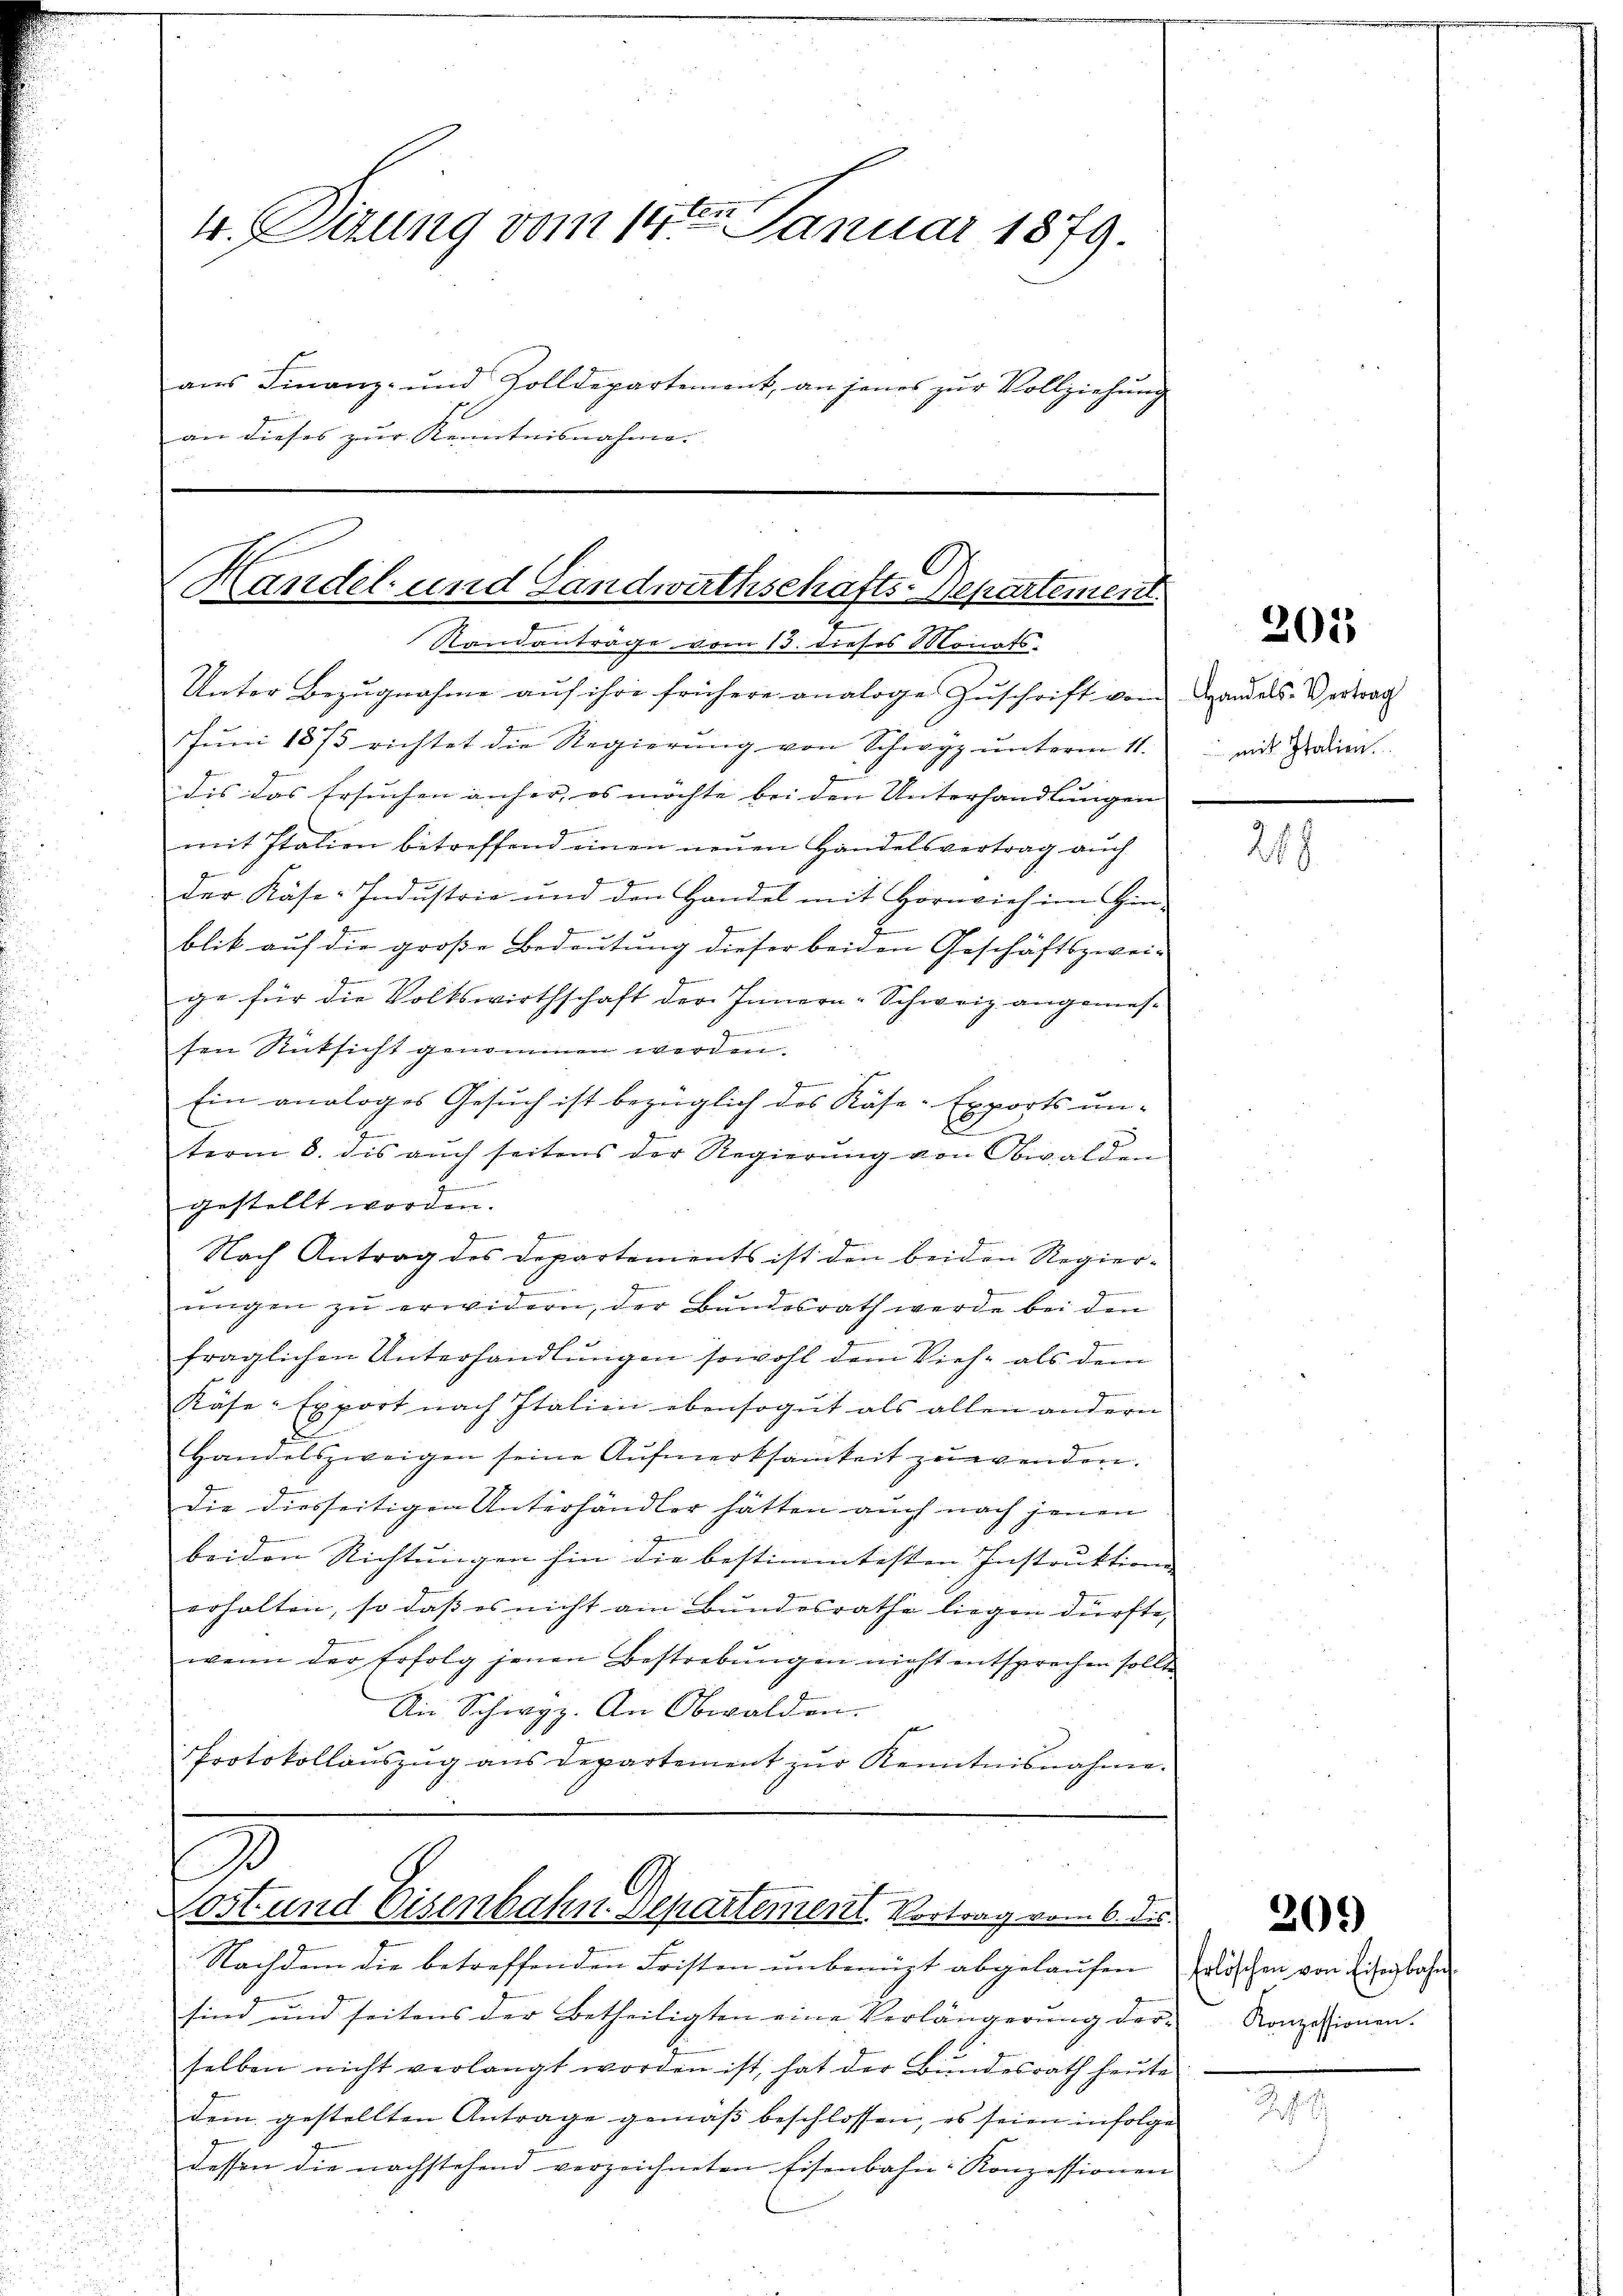
4. Tirung vom 14ten Januar 1879.
ans Finanz- und Zolldepartement, an jenes zŭr Vollziehŭng

an dieses zur Kenntnisnahme.

Unter Bezŭgnahme aŭf ihre frühere analoge Zŭschrift vom Landels-Vertrag
e
Jŭni 1875 richtet die Regierŭng von Schwyz unterm 11.
dis das Ersuchen anher, es möchte bei den Unterhandlungen
mit Italien betreffend einen neuen Handelsvertrag auch
g
der Käse-Industrie und den Handel mit Hornvieh im Hin-
blik auf die große Bedeutung dieser beiden Geschäftszwei-
ge für die Volkswirthschaft der Innern-Schweiz angemes¬
Immer in ein einen
sen Rücksicht genommen werden.
Ein analoges Gesuch ist bezüglich des Röse-Exports un-
term 8. dis aŭch seitens der Regierŭng von Obwalden
f
gestellt worden.
Singe
Nach Antrag des Departements ist den beiden Regierŭngen zŭ erwidern, der Bundesrath werde bei den
fraglichen Unterhandlŭngen sowohl dem Vieh- als dem
Räse-Export nach Italien ebensogut als allen andern
E
Handelszweigen seine Aufmerksamkeit zuwenden.
die diesseitigen Unterhändler hätten auch nach jenen
a
beiden Richtungen hin die bestimmtesten Instruktione
erhalten, so daß es nicht am Bundesrathe liegen dürfte,
wenn der Erfolg jenen Bestrebungen nicht entsprechen sollte
An Schwyz. An Obwalden.
Protokollaŭszŭg ans Departement zŭr Kenntnisnahme.

Handel- und Landwathschafts-Departement.

Randantrage vom 13. dieses Monats

sind und seitens der Betheiligten eine Verlängerŭng der Konzessionen.
selben nicht verlangt worden ist, hat der Bundesrath heute
dem gestellten Antrage gemäß beschlossen, es seien infolge
7
dessen die nachstehend verzeichneten Eisenbahn-Konzessionen

2
Cost und Eisenbahn. Departement. Vortrag vom 6. d.

Nachdem die betreffenden Fristen unbenügt abgelaufen Erlöschen von Eisenbahn

203

mit Italien

218

201)